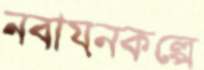
নবায়নকল্পে